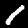
Digit: 1